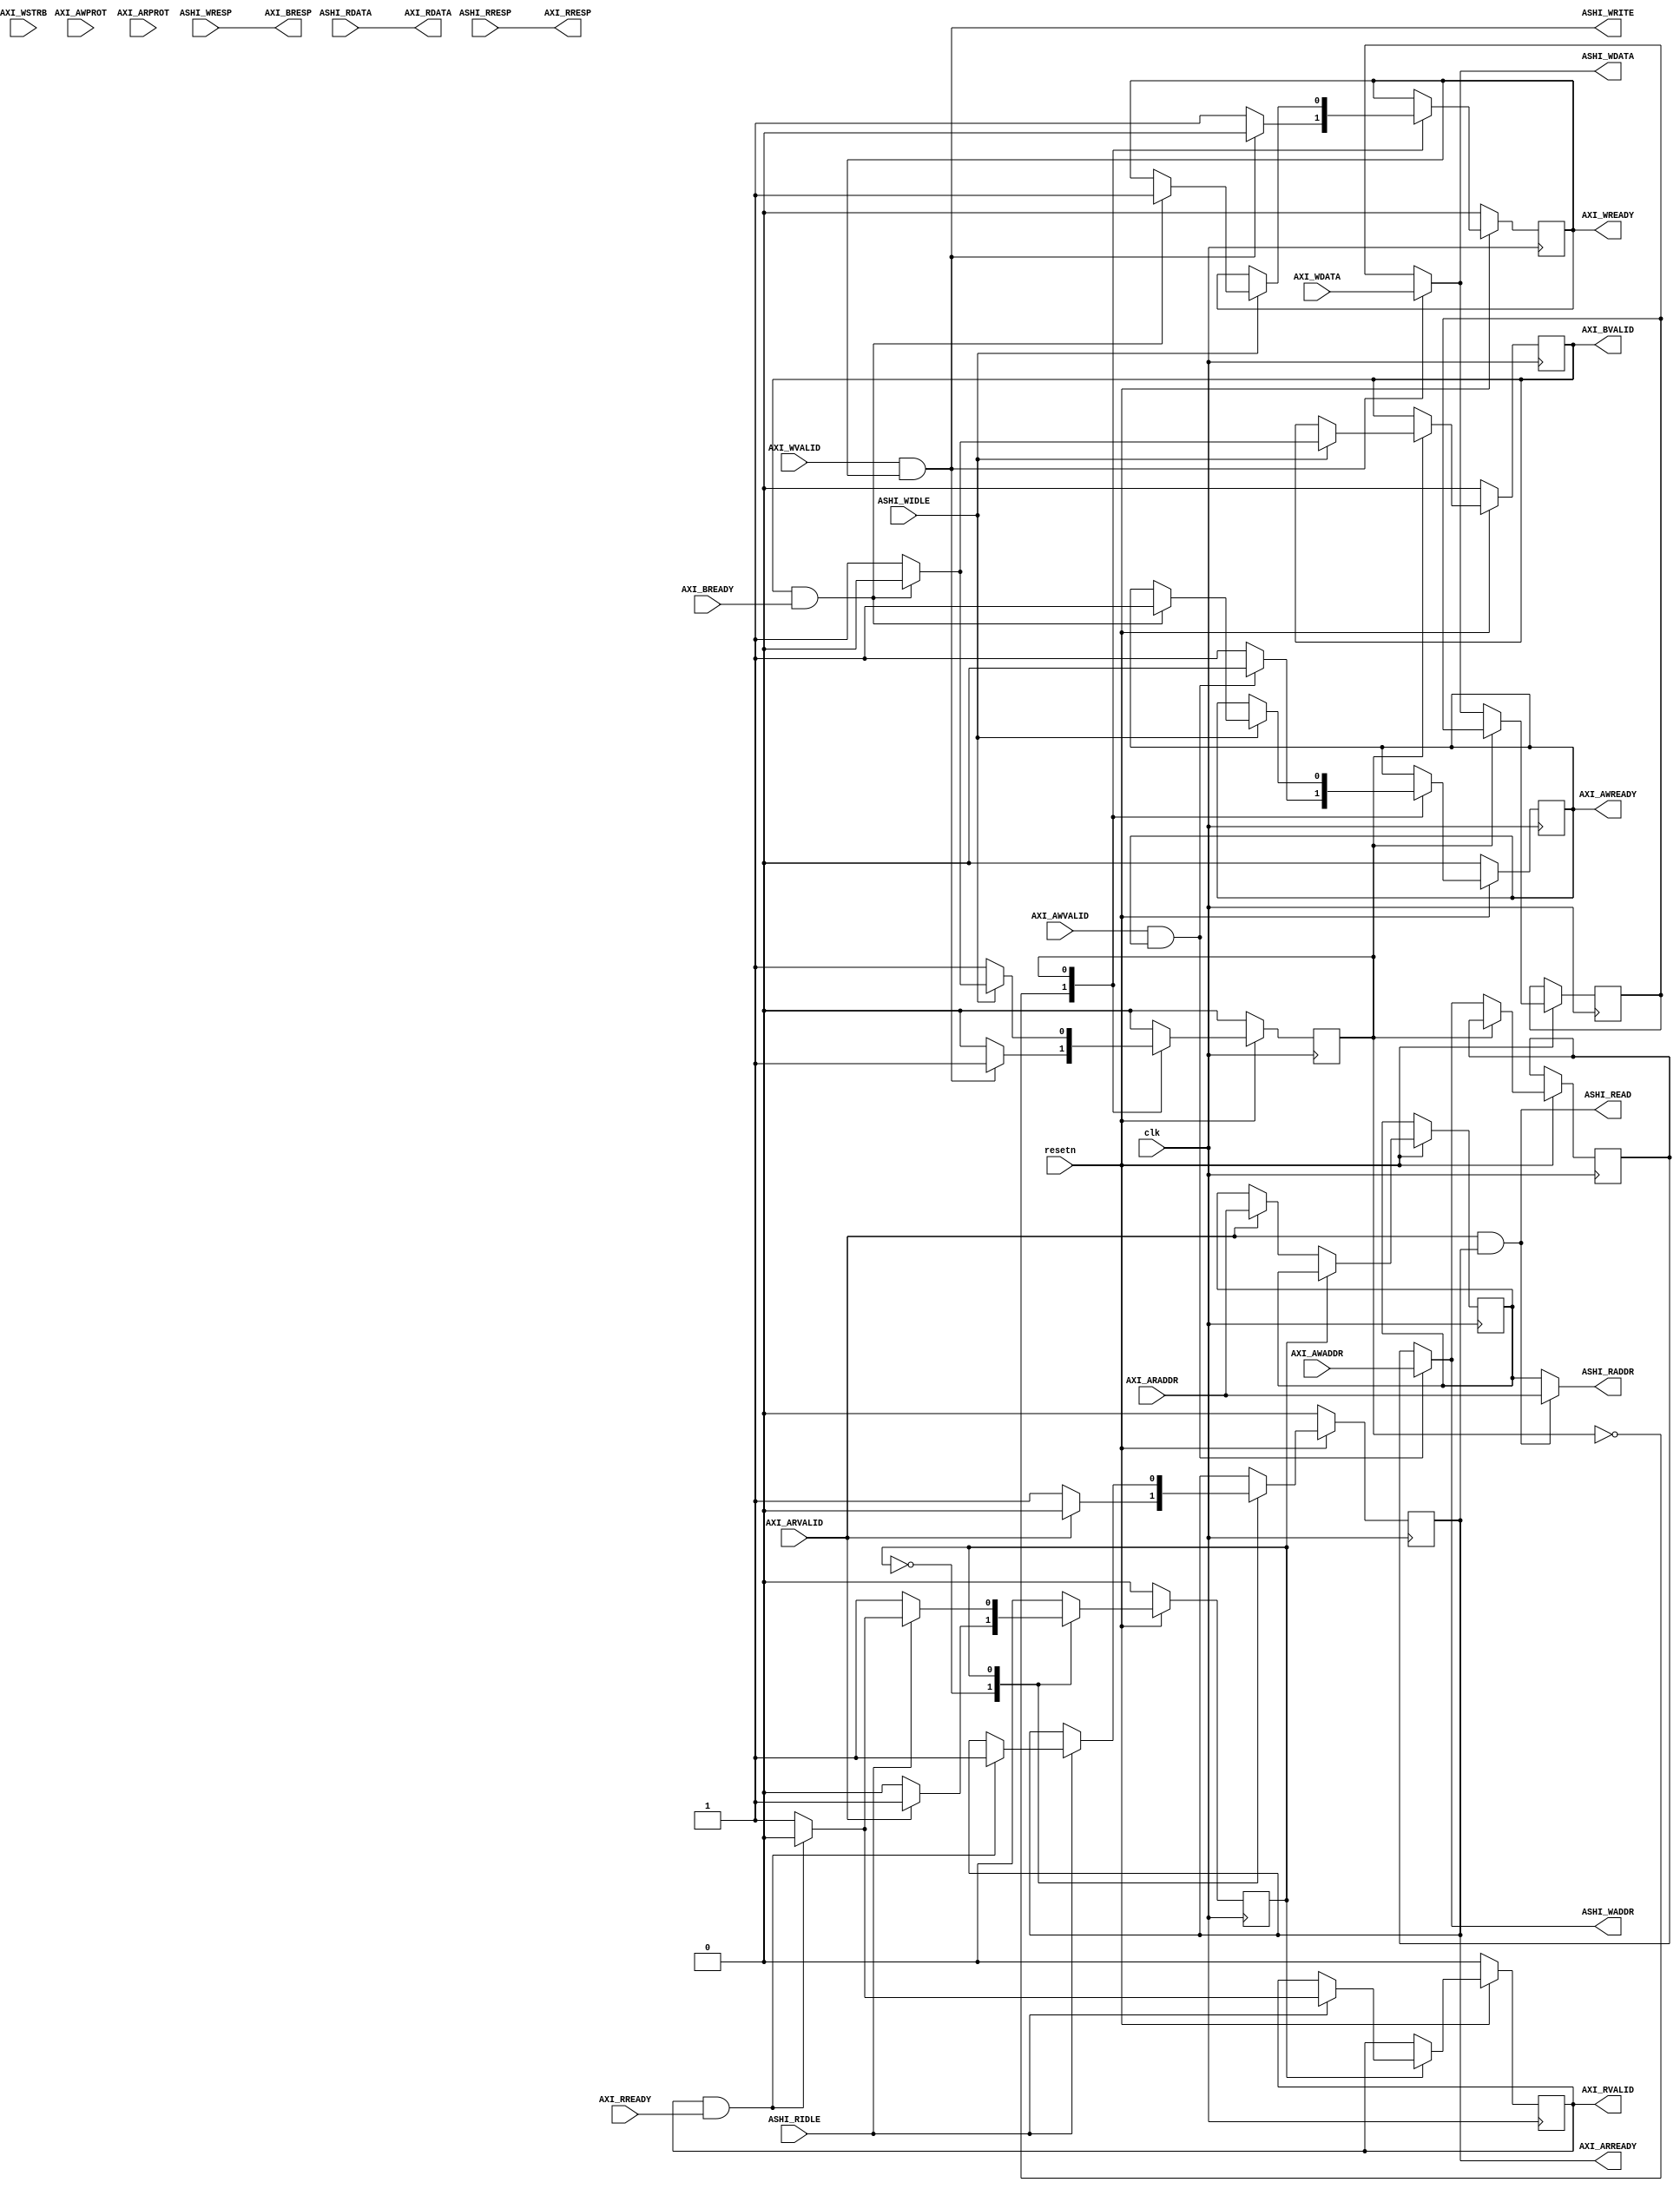
module axi4_lite_slave
(
    input clk, resetn,

    //======================  AXI Slave Handler Interface  =====================

    // ASHI signals for handling AXI write requests
    output[31:0]    ASHI_WADDR,
    output[31:0]    ASHI_WDATA,
    output          ASHI_WRITE,
    input           ASHI_WIDLE,
    input[1:0]      ASHI_WRESP,

    // ASHI signals for handling AXI read requests
    output[31:0]    ASHI_RADDR,
    output          ASHI_READ,
    input           ASHI_RIDLE,
    input[31:0]     ASHI_RDATA,
    input[1:0]      ASHI_RRESP,

    //================ From here down is the AXI4-Lite interface ===============
        
    // "Specify write address"              -- Master --    -- Slave --
    input[31:0]                             AXI_AWADDR,   
    input                                   AXI_AWVALID,  
    output reg                                              AXI_AWREADY,
    input[2:0]                              AXI_AWPROT,

    // "Write Data"                         -- Master --    -- Slave --
    input[31:0]                             AXI_WDATA,      
    input                                   AXI_WVALID,
    input[3:0]                              AXI_WSTRB,
    output reg                                              AXI_WREADY,

    // "Send Write Response"                -- Master --    -- Slave --
    output[1:0]                                             AXI_BRESP,
    output reg                                              AXI_BVALID,
    input                                   AXI_BREADY,

    // "Specify read address"               -- Master --    -- Slave --
    input[31:0]                             AXI_ARADDR,     
    input                                   AXI_ARVALID,
    input[2:0]                              AXI_ARPROT,     
    output reg                                              AXI_ARREADY,

    // "Read data back to master"           -- Master --    -- Slave --
    output[31:0]                                            AXI_RDATA,
    output reg                                              AXI_RVALID,
    output[1:0]                                             AXI_RRESP,
    input                                   AXI_RREADY
    //==========================================================================
 );

    // Define the handshakes for all 5 AXI channels
    wire B_HANDSHAKE  = AXI_BVALID  & AXI_BREADY;
    wire R_HANDSHAKE  = AXI_RVALID  & AXI_RREADY;
    wire W_HANDSHAKE  = AXI_WVALID  & AXI_WREADY;
    wire AR_HANDSHAKE = AXI_ARVALID & AXI_ARREADY;
    wire AW_HANDSHAKE = AXI_AWVALID & AXI_AWREADY;

    // The main fields that we pass to the handlerwhen a read or write request comes in
    reg[31:0] ashi_waddr, ashi_wdata, ashi_raddr;

    // Give the handler the write address, the write data, or the read address as soon 
    // as they appear on the bus
    assign ASHI_WADDR = (AW_HANDSHAKE) ? AXI_AWADDR : ashi_waddr;
    assign ASHI_WDATA = (W_HANDSHAKE ) ? AXI_WDATA  : ashi_wdata;
    assign ASHI_RADDR = (AR_HANDSHAKE) ? AXI_ARADDR : ashi_raddr;

    // These are signals to the handler that they should handle a read or a write
    assign ASHI_READ  = AR_HANDSHAKE;
    assign ASHI_WRITE = W_HANDSHAKE;

    // The two response signals are always whatever the handler says they are
    assign AXI_BRESP = ASHI_WRESP;
    assign AXI_RRESP = ASHI_RRESP;

    // Read-data is always whatever the handler says it is
    assign AXI_RDATA = ASHI_RDATA;

    //=========================================================================================================
    // FSM logic for handling AXI read transactions
    //=========================================================================================================
    reg read_state;

    always @(posedge clk) begin
        
        if (resetn == 0) begin
            read_state  <= 0;
            AXI_ARREADY <= 0;
            AXI_RVALID  <= 0;
        end else case(read_state)

        0:  begin
                AXI_ARREADY <= 1;               // Tell the outside world we're ready for an address
                if (AXI_ARVALID) begin          // If the AXI master has given us an address to read...
                    ashi_raddr  <= AXI_ARADDR;  //   Register the address that is being read from
                    AXI_ARREADY <= 0;           //   We are no longer ready to accept an address
                    read_state  <= 1;           //   And go wait for that read-logic to finish
                end
            end
            

        1:  if (ASHI_RIDLE) begin               // If the application-specific read-logic is done...
                AXI_RVALID <= 1;                //   Tell the AXI master that RDATA and RRESP are valid
                if (R_HANDSHAKE) begin          //   Wait for the AXI master to say "OK, I saw your response"
                    AXI_RVALID  <= 0;           //     The AXI master has registered our data
                    AXI_ARREADY <= 1;           //     Once that happens, we're ready to start a new transaction
                    read_state  <= 0;           //     And go wait for a new transaction to arrive
                end
            end

        endcase
    end
    //=========================================================================================================


    //=========================================================================================================
    // FSM logic for handling AXI write transactions
    //=========================================================================================================
    reg write_state;
    always @(posedge clk) begin

        if (resetn == 0) begin
            write_state <= 0;
            AXI_AWREADY <= 0;
            AXI_WREADY  <= 0;
            AXI_BVALID  <= 0;
        end else case(write_state)

        0:  begin
                AXI_AWREADY <= 1;
                AXI_WREADY  <= 1; 
                
                if (AW_HANDSHAKE) begin         // If this is the write-address handshake...
                    ashi_waddr  <= AXI_AWADDR;  //     Latch the address we're writing to
                    AXI_AWREADY <= 0;           //     We are no longer ready to accept a new address
                end

                if (W_HANDSHAKE) begin          // If this is the write-data handshake...
                    ashi_wdata  <= AXI_WDATA;   //     Latch the data we're going to write
                    AXI_WREADY  <= 0;           //     We are no longer ready to accept new data
                    write_state <= 1;           //     And go wait for that write-logic to complete
                end
            end

        1:  if (ASHI_WIDLE) begin               // If the application-specific write-logic is done...
                AXI_BVALID <= 1;                //   Tell the AXI master that BRESP is valid
                if (B_HANDSHAKE) begin          //   Wait for the AXI master to say "OK, I saw your response"
                    AXI_BVALID  <= 0;           //     Once that happens, lower BVALID again
                    AXI_AWREADY <= 1;           //     We're ready to accept another address
                    AXI_WREADY  <= 1;           //     And we're ready to accept new data
                    write_state <= 0;           //     Go wait for a new transaction to arrive
                end
            end

        endcase
    end
    //=========================================================================================================


endmodule